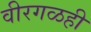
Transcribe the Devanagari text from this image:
वीरगळही